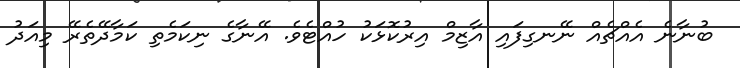
ބުނާނެ އެއްޗެއް ނޭނގިފައި އާޒިމް އިރުކޮޅަކު ހުއްޓެވެ. އޭނާގެ ނިކަމެތި ކަމާދޭތެރޭ މިއަދު